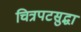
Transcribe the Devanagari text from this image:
चित्रपटसुद्धा